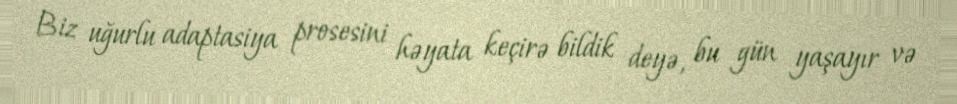
Biz uğurlu adaptasiya prosesini həyata keçirə bildik deyə, bu gün yaşayır və